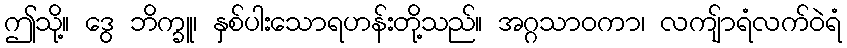
ဤသို့။ ဒွေ ဘိက္ခူ၊ နှစ်ပါးသောရဟန်းတို့သည်။ အဂ္ဂသာဝကာ၊ လကျ်ာရံလက်ဝဲရံ